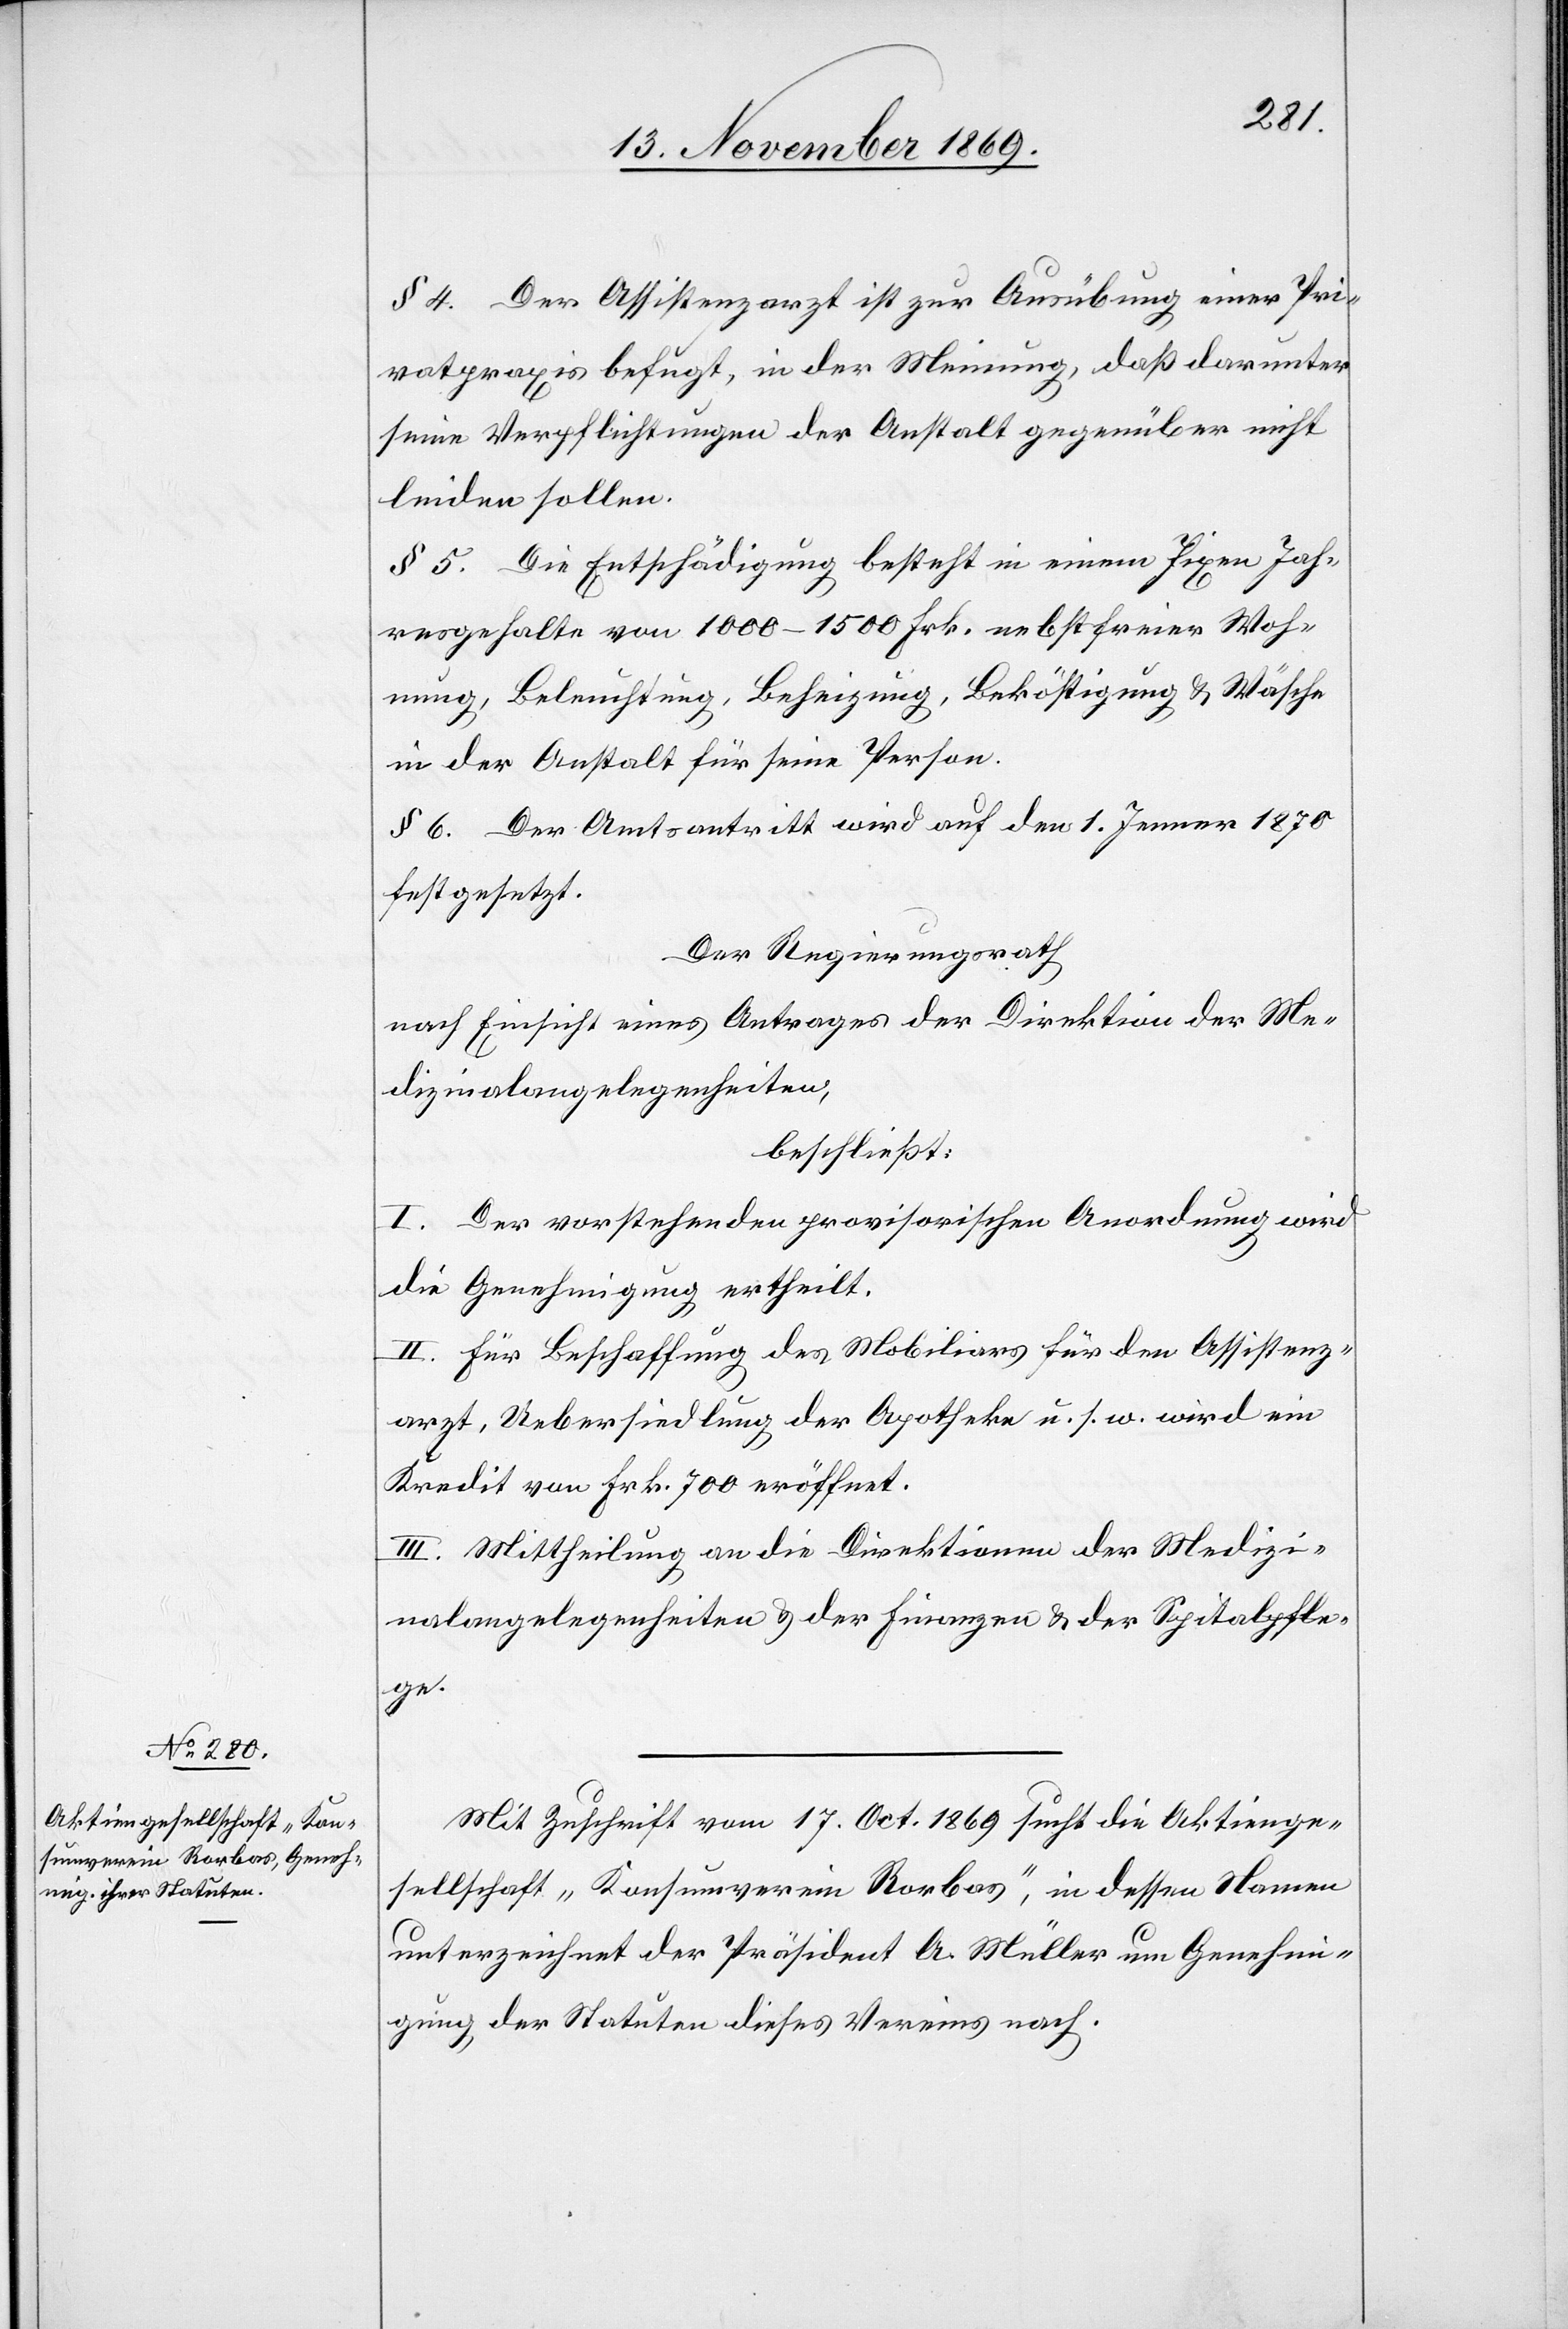
§ 4. Der Assistenzarzt ist zur Ausübung einer Pri¬
vatpraxis befugt, in der Meinung, daß darunter
seine Verpflichtungen der Anstalt gegenüber nicht
leiden sollen.
§ 5. Die Entschädigung besteht in einem fixen Jah¬
resgehalte von 1000–1500 Frk. nebst freier Woh¬
nung, Beleuchtung, Beheizung, Beköstigung & Wäsche
in der Anstalt für seine Person.
§ 6. Der Amtsantritt wird auf den 1. Jenner 1870
festgesetzt.
Der Regierungsrath
nach Einsicht eines Antrages der Direktion der Me¬
dizinalangelegenheiten,
beschließt:
I. Der vorstehenden provisorischen Anordnung wird
die Genehmigung ertheilt.
II. Für Beschaffung des Mobiliars für den Assistenz¬
arzt, Uebersiedlung der Apotheke u. s. w. wird ein
Kredit von Frk. 700 eröffnet.
III. Mittheilung an die Direktionen der Medizi¬
nalangelegenheiten & der Finanzen & der Spitalpfle¬
ge.
Mit Zuschrift vom 17. Oct. 1869 sucht die Aktienge¬
sellschaft „Konsumverein Rorbas“, in dessen Namen
unterzeichnet der Präsident A. Müller um Genehmi¬
gung der Statuten dieses Vereins nach.